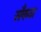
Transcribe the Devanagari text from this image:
सँकठा